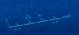
سينثيا